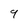
Character: 9